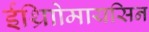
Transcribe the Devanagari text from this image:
ईथ्राोिमायसिन